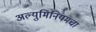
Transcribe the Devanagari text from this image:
अल्युमिनियमचा